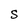
Character: S